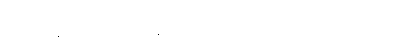
ကြင်ကြင်နာနာ စကားပြောနေရင်း ဖျတ်ခနဲ မသိမသာ ကြည့်ချင်ကြည့်မည်။